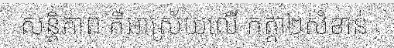
សន្តិភាព គឺអាស្រ័យលើ កត្តា២សំខាន់